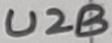
Text: U2B